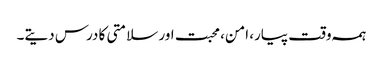
ہمہ وقت پیار، امن، محبت اور سلامتی کا درس دیتے۔